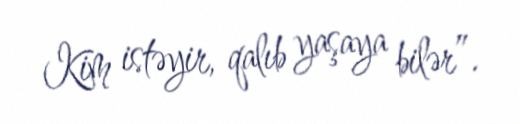
Kim istəyir, qalıb yaşaya bilər”.